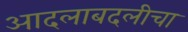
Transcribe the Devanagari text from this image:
आदलाबदलीचा